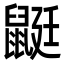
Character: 鼮